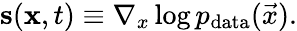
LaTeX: \mathbf{\boldsymbol{s}}(\mathbf{\boldsymbol{x}},t)\equiv\nabla_{x}\log{p_{\mathrm{data}}(\vec{x})}.